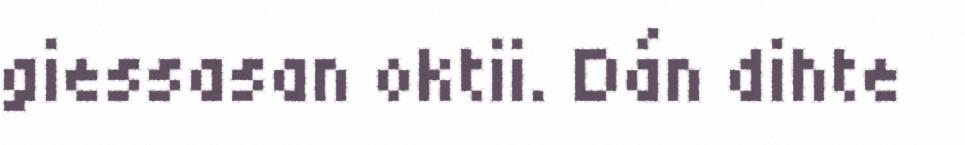
giessasan oktii. Dán dihte